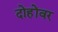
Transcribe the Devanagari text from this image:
दोहोंवर